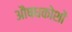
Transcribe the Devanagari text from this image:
औषधकोशों